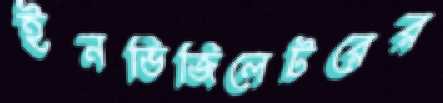
ইনভিজিলেটরের